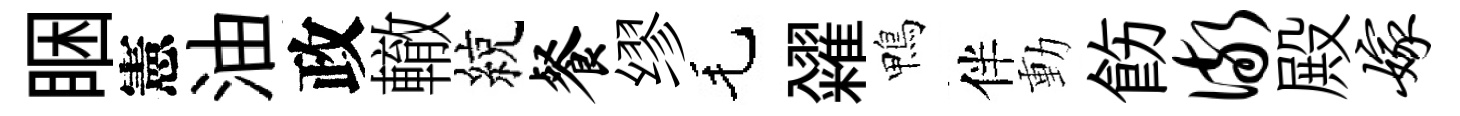
睏憲油政轍綂餐缪毛糴鴨伴動飭儆殿嫁